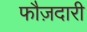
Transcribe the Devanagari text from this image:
फौज़दारी